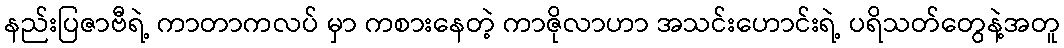
နည်းပြဇာဗီရဲ့ ကာတာကလပ် မှာ ကစားနေတဲ့ ကာဇိုလာဟာ အသင်းဟောင်းရဲ့ ပရိသတ်တွေနဲ့အတူ